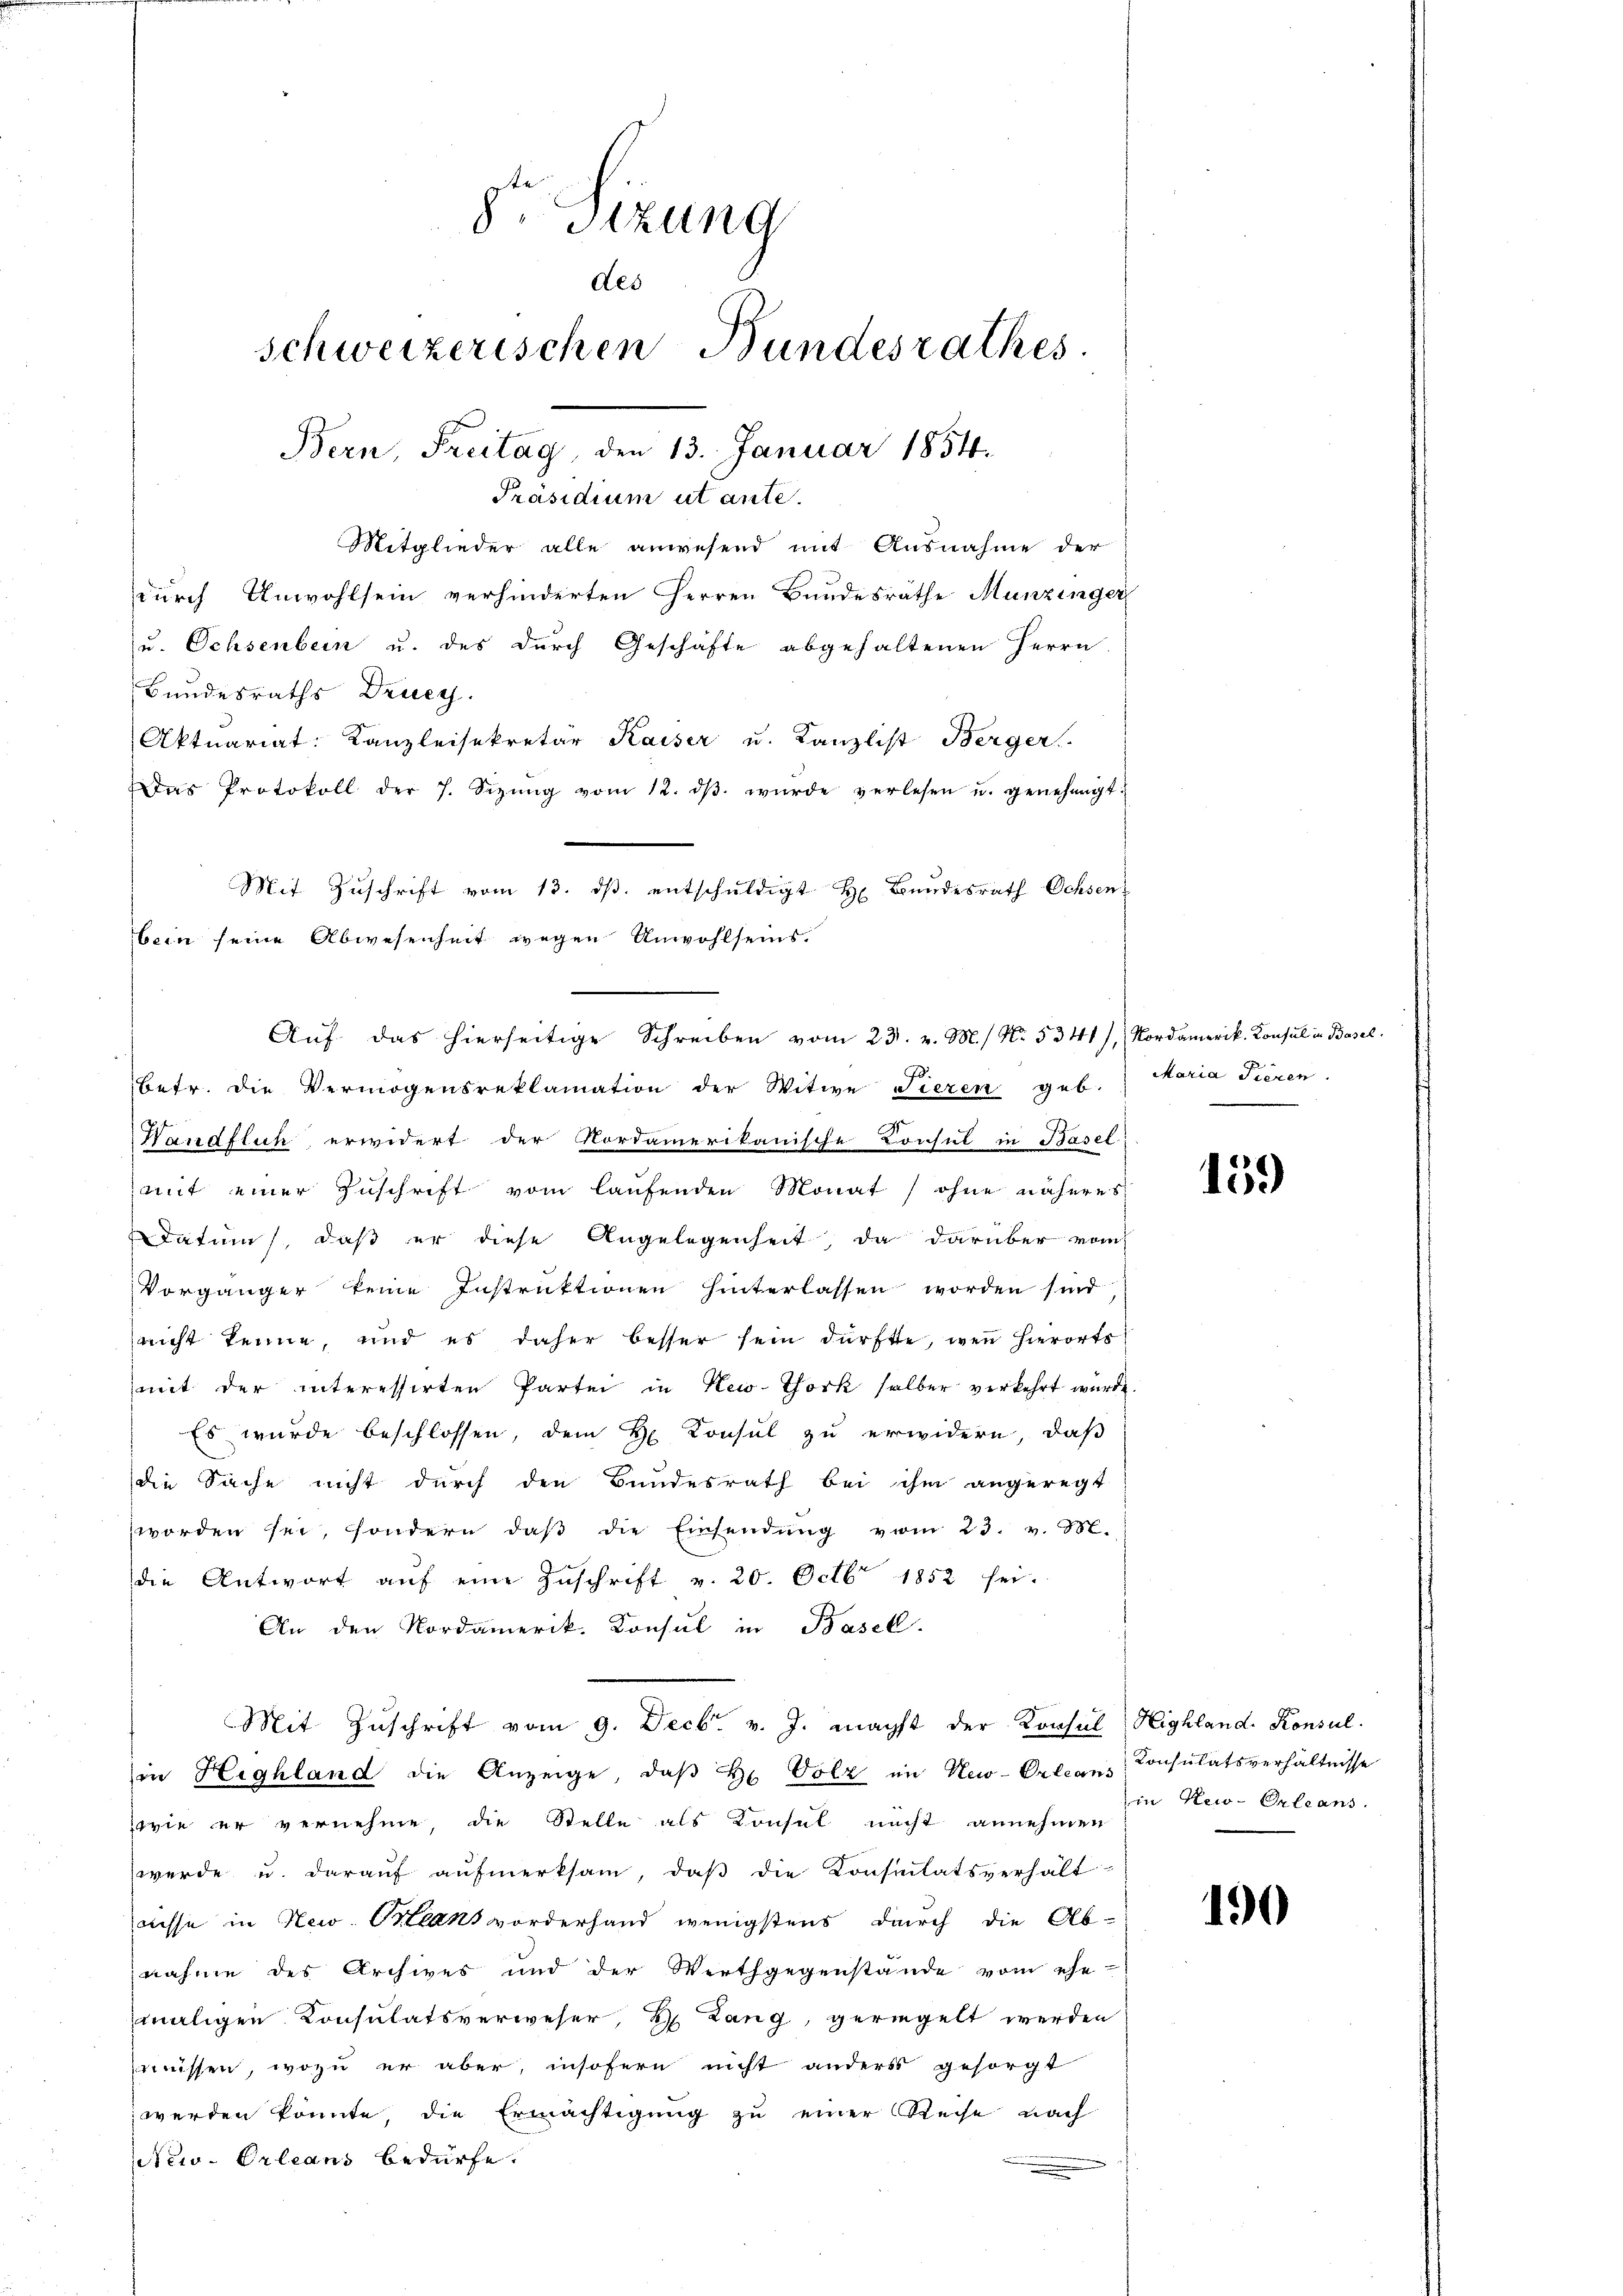
8r Sizung
des
schweizerischen Bundesrathes.
Bern, Freitag, den 13. Januar 1854.

Mitglieder alle anwesend mit Ausnahme der
durch Unwohlsein verhinderten Herren Bundesräthe Munzinger
u. Ochsenbein u. des durch Geschäfte abgehaltenen Herrn
Bundesraths Druc
Wandflich erwidert der Nordamerikanische Consul in Basel
mit einer Zuschrift vom laufenden Monat / ohne näheres
Datum, daß er diese Angelegenheit, da darüber vom
Vorgänger keine Instruktionen hinterlassen worden sind
nicht kenne, und es daher besser sein dürfte, wenn hierorts
mit der interessirten Partei in New-York selber verkehrt wurde.
Es wurde beschlossen, dem H Consul zu erwidern, daß
die Sache nicht durch den Bundesrath bei ihm angeregt
worden sei, sondern daβ die Einsendŭng vom 23. v. M.
die Antwort aŭf eine Zŭschrift v. 20. Octbr 1852 sei.
An den Nordamerik. Konsul in Basel.
Mit Zŭschrift vom 9. Decbr. v. J. nächst der Konsul Highland. Konsul-
in Highland die Anzeige, daß Hr. Volz im Neu-Orleans
wie er vernehme, die Stelle als Konsul nicht annehmen
werde u. daraŭf aŭfmerksam, daβ die Konsulatsverhält-
asse in New. Plans vorderhand wenigstens durch die Ab-
nahme des Archives und der Werthgegenstände vom ehe-
maligen Konsulatsverweser, H. Lang, geringelt werden
müssen, wozu er aber, insofern nicht anders gesorgt
werden könnte, die Ermächtigung zu einer Reise nach
NNew-Orleans bedürfe.

Aktuariat Kanzleisekretär Kaiser u. Kanzlist Berger
Das Protokoll der 7. Sizŭng vom 12. dβ wŭrde verlesen u. genehmigt.
Mit Zuschrift vom 13. ds. entschuldigt H. Bundesrath Ochsen
bein seine Abwesenheit wegen Anwohlseins.
Aŭf das hierseitige Schreiben vom 23. v. M. N. 5341), Nordamerik. Konsul in Basel.
betr. die Vermögensreklamation der Witwe Tieren geb. Maria Tieren

Präsidium ut ante.

159

Konsulatsverhältnisse
in New-Orleans

190